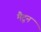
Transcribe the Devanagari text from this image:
मैटून